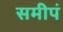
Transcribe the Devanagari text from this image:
समीपं